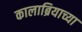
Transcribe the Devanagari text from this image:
कालाब्रियाच्या